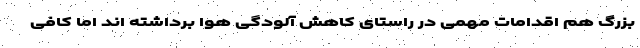
بزرگ هم اقدامات مهمی در راستای کاهش آلودگی هوا برداشته اند اما کافی